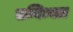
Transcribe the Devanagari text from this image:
सन्निध्यात